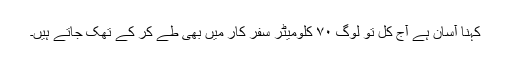
کہنا آسان ہے آج کل تو لوگ ۷۰ کلومیٹر سفر کار میں بھی طے کر کے تھک جاتے ہیں۔